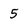
Character: 5